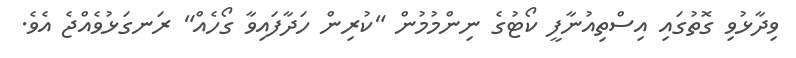
ވިދާޅުވި ގޮތުގައި އިސްތިއުނާފީ ކޯޓުގެ ނިންމުމުން "ކުރިން ހަދާފައިވާ ގޯހެއް" ރަނގަޅުވެއްޖެ އެވެ.